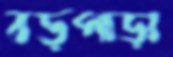
বড়পাড়া